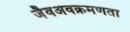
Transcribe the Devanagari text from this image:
जैवअवक्रमणता